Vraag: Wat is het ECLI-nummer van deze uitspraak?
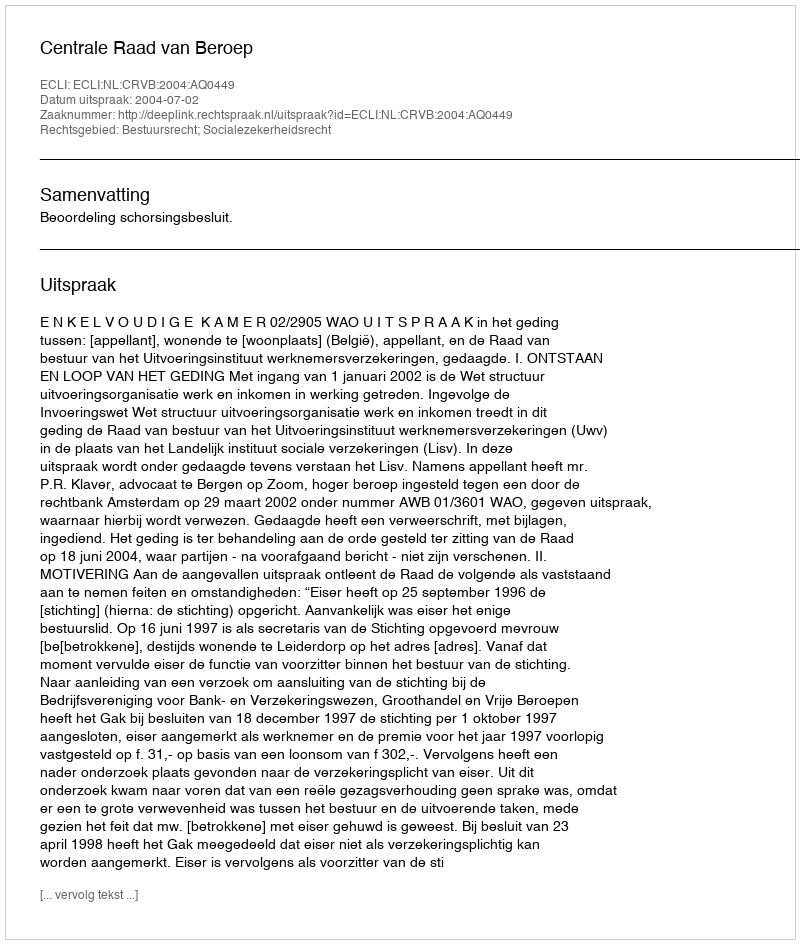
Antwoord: ECLI:NL:CRVB:2004:AQ0449